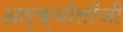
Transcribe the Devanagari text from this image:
आर्क्योलॉजी